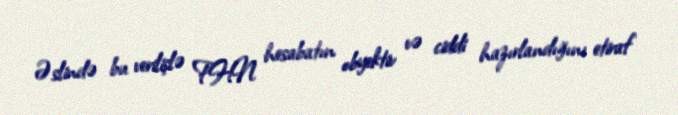
Əslində bu verilişlə FHN hesabatın obyektiv və ciddi hazırlandığını etiraf